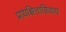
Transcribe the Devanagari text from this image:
प्रायश्चित्ताशिवाय